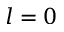
l = 0